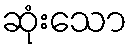
ဆုံးသော